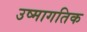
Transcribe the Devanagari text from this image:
उष्मागतिक